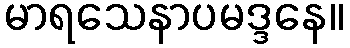
မာရသေနာပမဒ္ဒနေ။